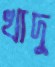
খাদু